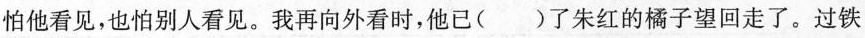
怕他看见，也怕别人看见。我再向外看时，他已( )了朱红的橘子望回走了。过铁